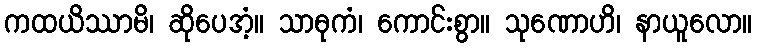
ကထယိဿာမိ၊ ဆိုပေအံ့။ သာဓုကံ၊ ကောင်းစွာ။ သုဏောဟိ၊ နာယူလော။